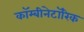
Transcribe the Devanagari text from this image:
कॉम्बीनेटॉरिक